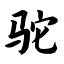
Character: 驼